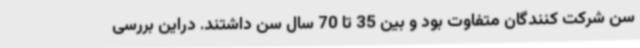
سن شرکت کنندگان متفاوت بود و بین 35 تا 70 سال سن داشتند. دراین بررسی